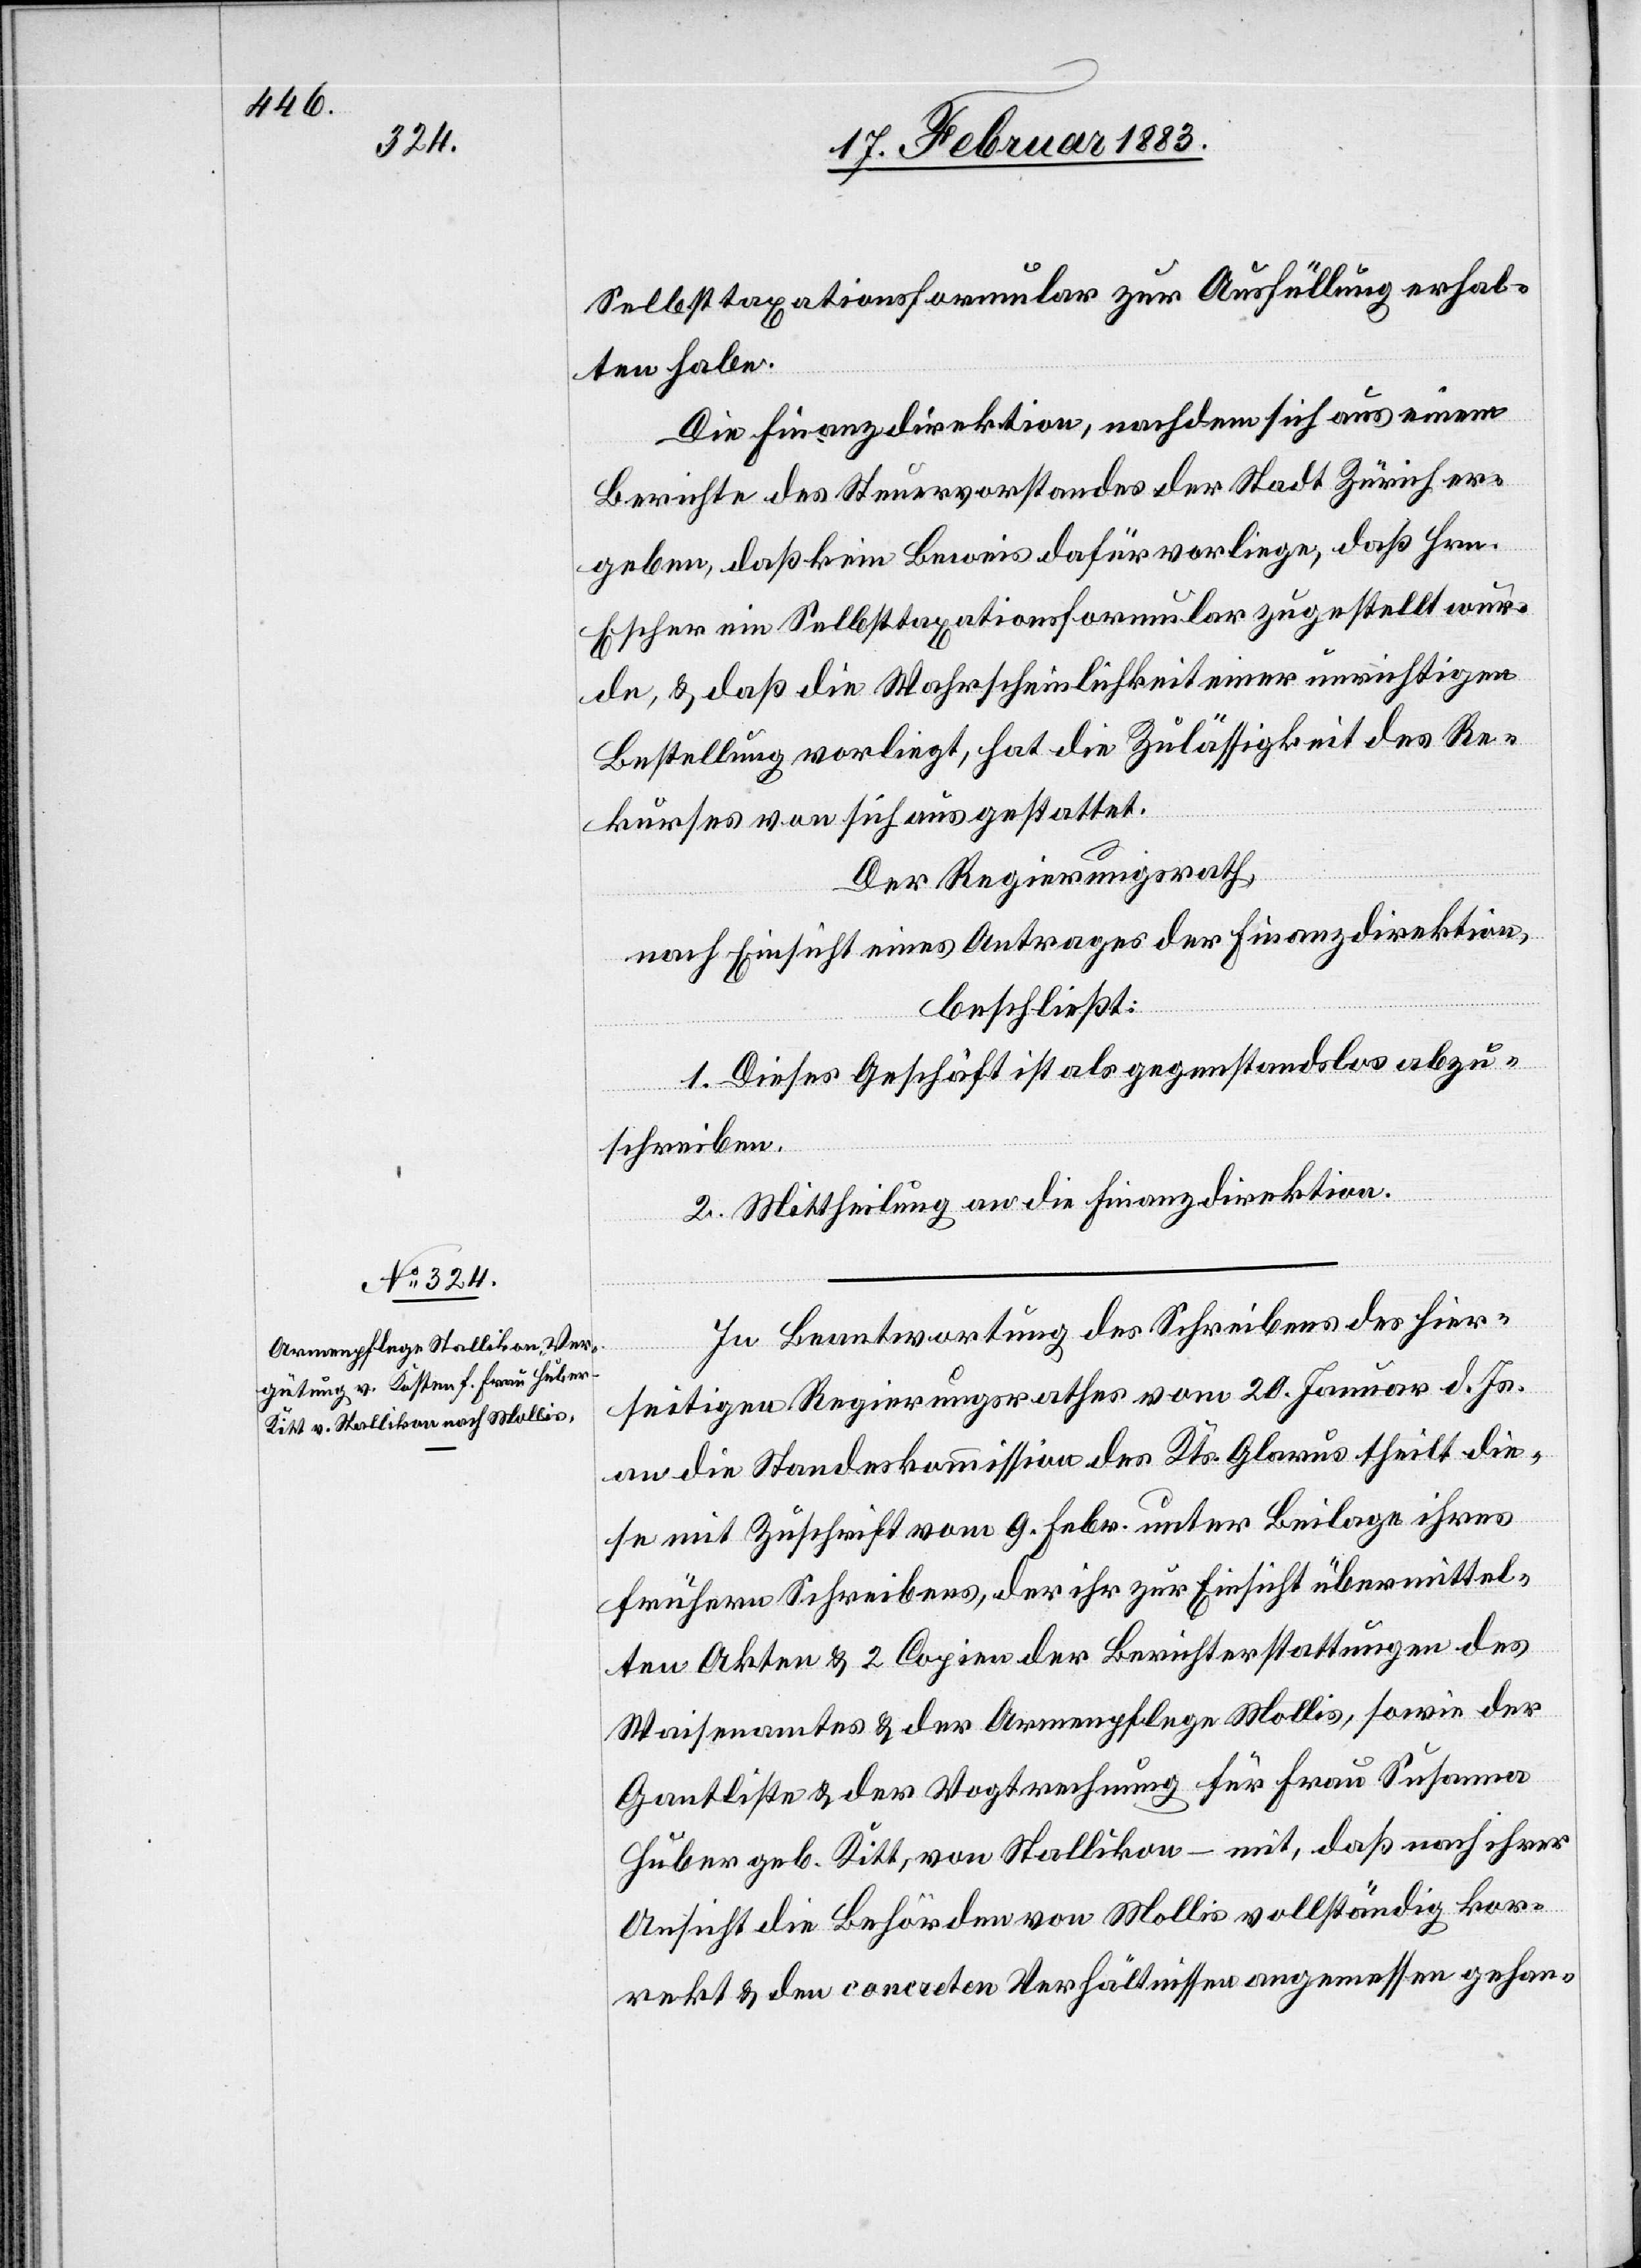
Selbsttaxationsformular zur Ausfüllung erhal¬
ten habe.
Die Finanzdirektion, nachdem sich aus einem
Berichte des Steuervorstandes der Stadt Zürich er¬
geben, daß kein Beweis dafür vorliege, daß Hrn.
Escher ein Selbsttaxationsformular zugestellt wur¬
de, & daß die Wahrscheinlichkeit einer unrichtigen
Bestellung vorliegt, hat die Zulässigkeit des Re¬
kurses von sich aus gestattet.
Der Regierungsrath,
nach Einsicht eines Antrages der Finanzdirektion,
beschließt:
1. Dieses Geschäft ist als gegenstandslos abzu¬
schreiben.
2. Mittheilung an die Finanzdirektion.
In Beantwortung des Schreibens des hier¬
seitigen Regierungsrathes vom 20. Januar d. Js.
an die Standeskommission des Kts. Glarus theilt die¬
se mit Zuschrift vom 9. Febr. unter Beilage ihres
frühern Schreibens, der ihr zur Einsicht übermittel¬
ten Akten & 2 Copien der Berichterstattungen des
Waisenamtes & der Armenpflege Mollis, sowie der
Gantliste & der Vogtrechnung für Frau Susanna
Huber, geb. Kitt, von Stallikon – mit, daß nach ihrer
Ansicht die Behörden von Mollis vollständig kor¬
rekt & den concreten Verhältnissen angemessen gehan-